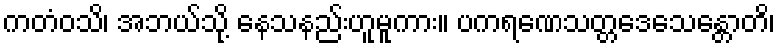
ကတံဝသိ၊ အဘယ်သို့ နေသနည်းဟူမူကား။ ပကရဏေသတ္တဒေသေန္တောတိ၊